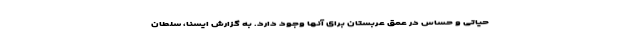
حیاتی و حساس در عمق عربستان برای آنها وجود دارد. به گزارش ایسنا، سلطان